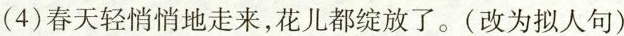
(4)春天轻悄悄地走来，花儿都绽放了。(改为拟人句)